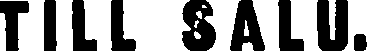
TILL SALU.